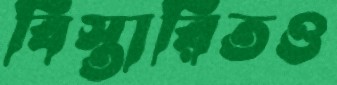
বিস্তারিতও